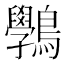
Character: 𪈔